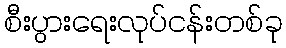
စီးပွားရေးလုပ်ငန်းတစ်ခု